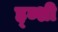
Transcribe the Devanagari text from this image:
ह्ब्शी